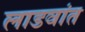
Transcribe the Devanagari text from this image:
लाडवांत